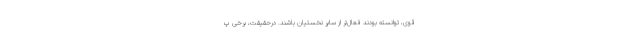
قوی، توانسته بودند فعال‌تر از سایر نخستیان باشند. درحقیقت، برخی پ